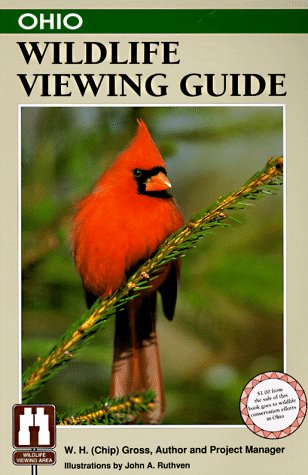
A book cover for Ohio Wildlife Viewing Guide (Wildlife Viewing Guides Series); W.H. (Chip) Gross; Travel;